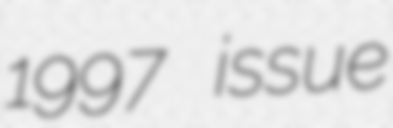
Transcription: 1997 issue